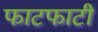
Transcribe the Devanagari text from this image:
फाटफाटी